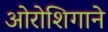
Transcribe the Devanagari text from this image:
ओरोशिगाने